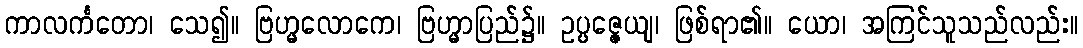
ကာလင်္ကတော၊ သေ၍။ ဗြဟ္မလောကေ၊ ဗြဟ္မာပြည်၌။ ဥပ္ပဇ္ဇေယျ၊ ဖြစ်ရာ၏။ ယော၊ အကြင်သူသည်လည်း။